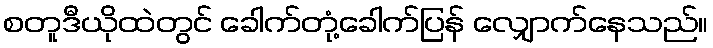
စတူဒီယိုထဲတွင် ခေါက်တုံ့ခေါက်ပြန် လျှောက်နေသည်။